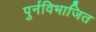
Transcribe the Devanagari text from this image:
पुर्नविभाजित